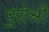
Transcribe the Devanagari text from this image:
पुरोश्री